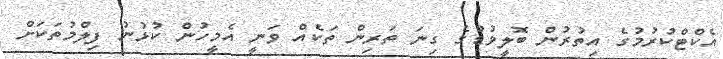
އެކްޓްކުރުމުގެ އިތުރުން ބޮލީވުޑްގެ ގިނަ ތަރިން ތަކެއް ވަނީ އެމީހުން ކުޅުނު ފިލްމުތަކަށް